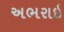
અભરાઇ